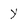
Character: y